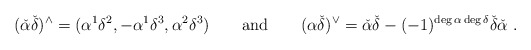
\begin{align*} (\check{\alpha}\check{\delta})^\wedge=(\alpha^1\delta^2,-\alpha^1\delta^3,\alpha^2\delta^3) \quad\quad\mbox{and}\quad\quad(\alpha\check{\delta})^\vee=\check{\alpha}\check{\delta}- (-1)^{\deg\alpha\deg\delta}\check{\delta}\check{\alpha}\ .\end{align*}